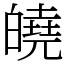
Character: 皢